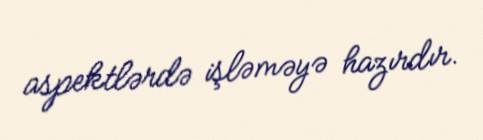
aspektlərdə işləməyə hazırdır.